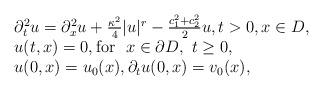
LaTeX: \begin{align*}\begin{array}{l}\partial^2_t u=\partial^2_x u+\frac{\kappa^2}{4}|u|^r-\frac{c_1^2+c_2^2}{2}u,t>0,x\in D,\\u(t,x)=0,\mbox{for }~x\in \partial D,~t\geq 0,\\u(0,x)=u_0(x),\partial_t u(0,x)=v_0(x),\end{array}\end{align*}